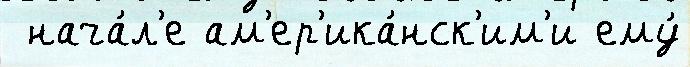
 нача́л'е ам'ер'ика́нск'им'и ему́